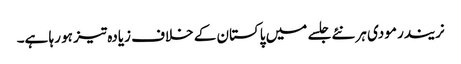
نریندر مودی ہر نئے جلسے میں پاکستان کے خلاف زیادہ تیز ہو رہا ہے۔